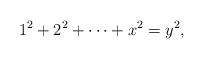
LaTeX: \begin{align*}1^2 + 2^2 +\cdots + x^2 = y^2,\end{align*}